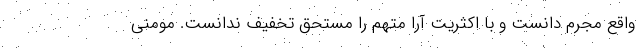
واقع مجرم دانست و با اکثریت آرا متهم را مستحق تخفیف ندانست. مومنی